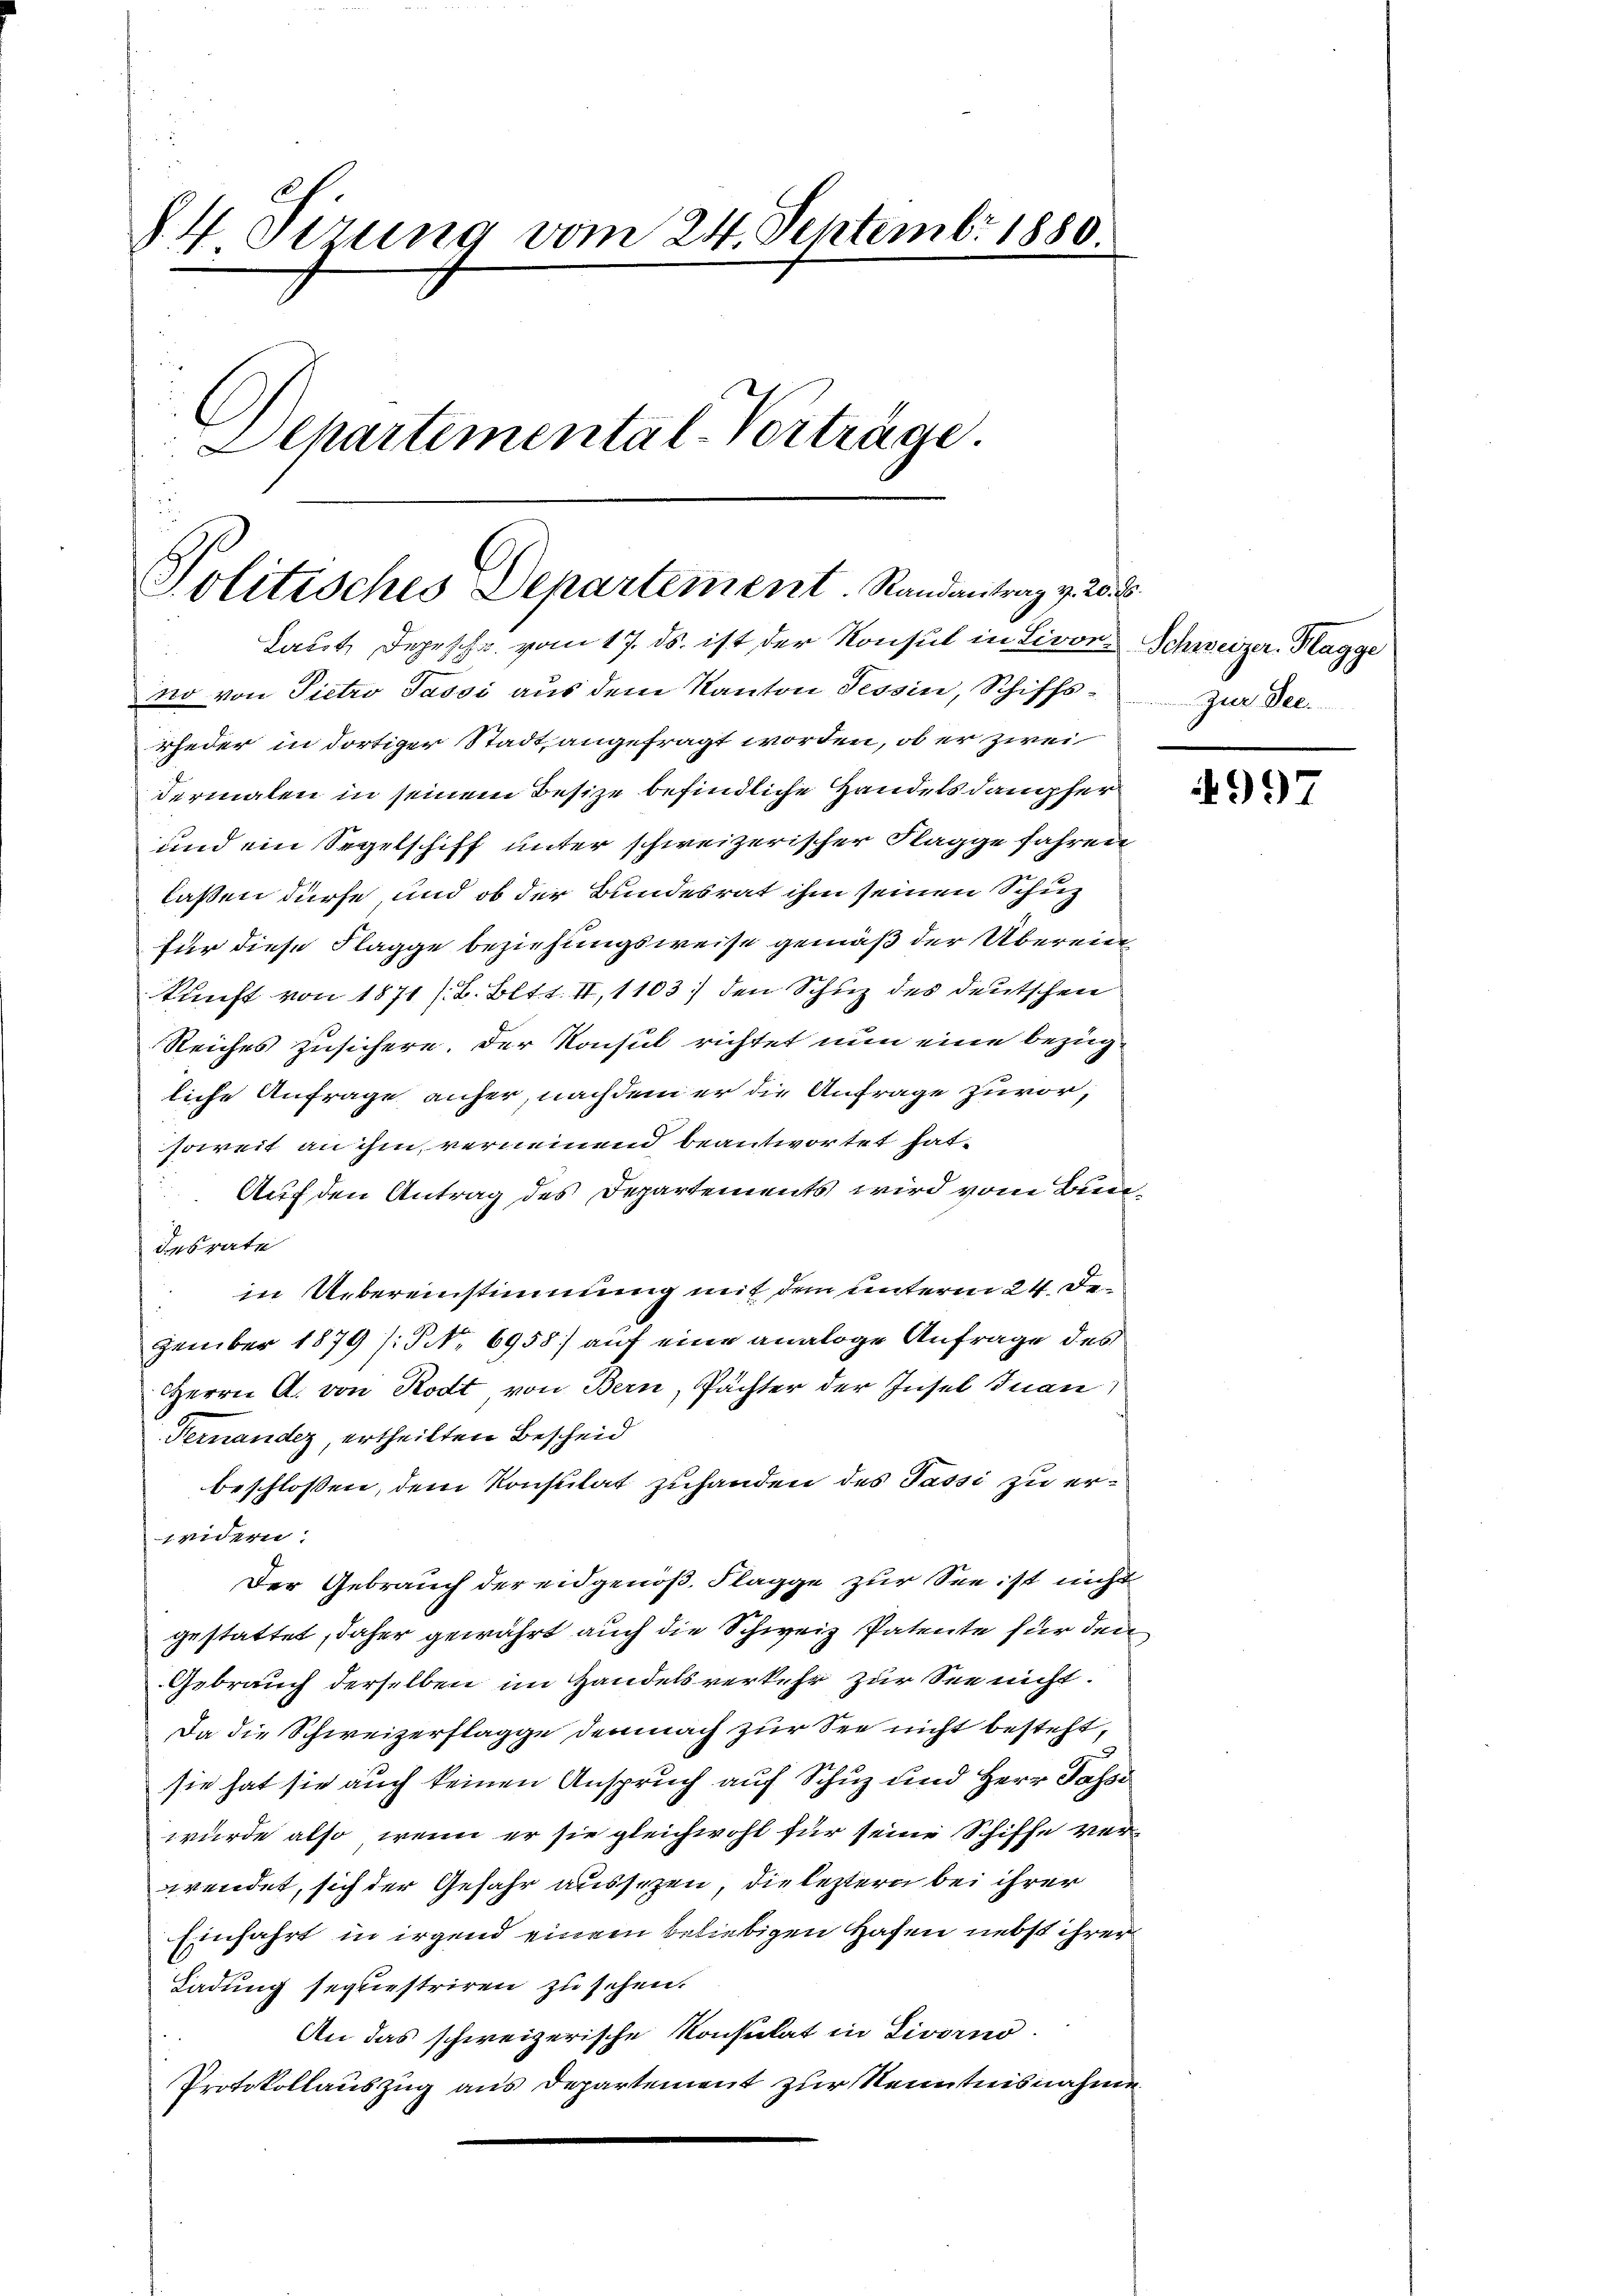
§4 Sirung vom 24. Septembr 1880.
Alhartimental-Vorträge.

Politisches Departement. Randantrag v. 20. S
Laut Depeschr. vom 17. ds. ist der Konsul in Livor Schweizer. Hagge

no von Pietro Tassi aus dem Kanton Tessin, Schiffsrjeder in dortiger Stadt angefragt worden, ob er zwei
dermalen in seinem Besize befindliche Handels dampfer
und ein Segelschiff unter schweizerischer Flagge fahren
laßen dürfe und ob der Bundesrat ihm seinen Schuz
für diese Flagge beziehungsweise gemäß der Überein
kunft von 1871 /B. Bltt. II, 1103 den Schuz des deutschen
Reiches zusichern. Der Konsul richtet nun eine bezügliche Anfrage anher, nachdem er die Anfrage zuvor,
soweit an ihm, verneinend beantwortet hat.
Auf den Antrag des Departements wird vom Bun¬
Iesrate
in Uebereinstimmung mit dem unterm 24. Dezember 1879 /: No 6958) auf eine analoge Anfrage des
Herrn A. von Rodt von Bern, Pächter der Insel Inan
Fernander, ertheilten Bescheid
beschlossen, dem Konsulat zuhanden des Tassi zu erweidern
Der Gebrauch der eidgenöß, Flagge zur See ist nicht
gestattet, daher gewährt auch die Schweiz Patente für den
Gebrauch derselben im Handelsverkehr zur See nicht.
Da die Schweizerflagge demnach zur See nicht besteht,
sie hat sie auch keinen Anspruch auf Schuz und Herr Passi
wurde also, wenn er sie gleichwohl für seine Schiffe verwendet, sich der Gefahr aussezen, die leztern bei ihrer
Einfahrt in irgend einem beliebigen Hafen nebst ihrer
Ladung sequestriren zu sehen.
An das schweizerische Konsulat in Livorno.
Protokollauszug aus Departement zur Kenntnisnahme

zur Dec.

4997